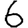
Digit: 6